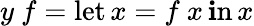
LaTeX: y\ f=\operatorname{let}x=f\ x\operatorname{\mathbf{i}n}x